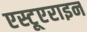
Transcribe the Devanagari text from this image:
एस्टूएराइन